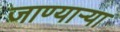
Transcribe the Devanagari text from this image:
जाण्यार्‍या